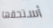
أستحقها